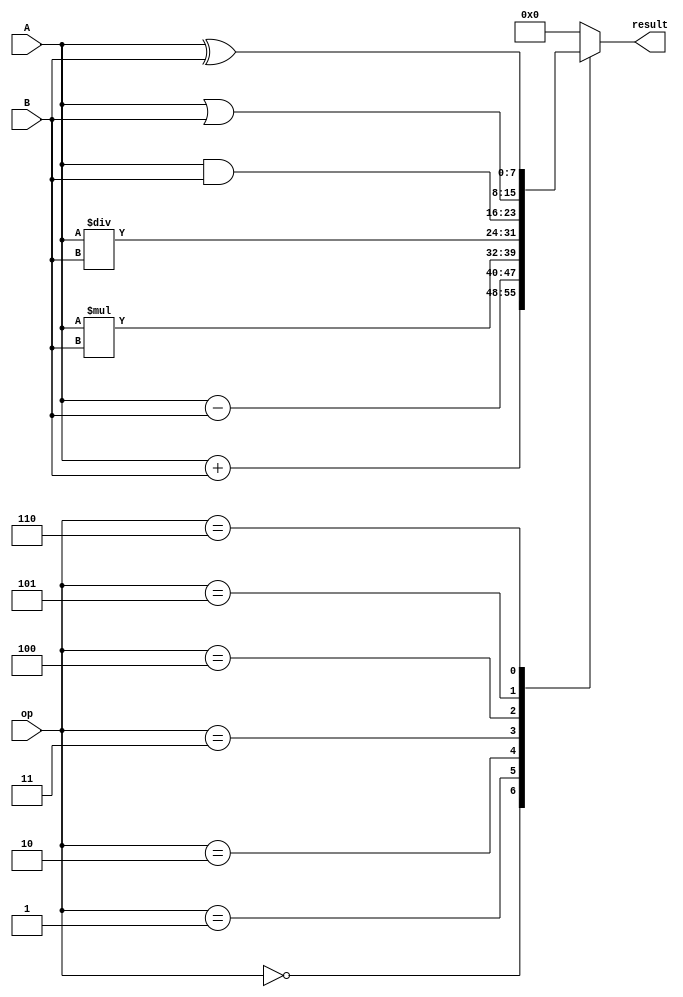
module ALU (
    input [7:0] A,
    input [7:0] B,
    input [2:0] op,
    output reg [7:0] result
);

always @(*)
begin
    case(op)
        3'b000: result = A + B; // Add operation
        3'b001: result = A - B; // Subtract operation
        3'b010: result = A * B; // Multiply operation
        3'b011: result = A / B; // Divide operation
        3'b100: result = A & B; // Bitwise AND operation
        3'b101: result = A | B; // Bitwise OR operation
        3'b110: result = A ^ B; // Bitwise XOR operation
        default: result = 8'b00000000; // Default to zero
    endcase
end

endmodule